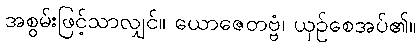
အစွမ်းဖြင့်သာလျှင်။ ယောဇေတဗ္ဗံ၊ ယှဉ်စေအပ်၏။